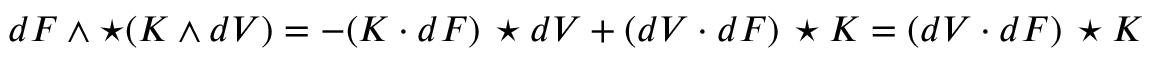
d F \wedge \star ( K \wedge d V ) = - ( K \cdot d F ) \, \star d V + ( d V \cdot d F ) \, \star K = ( d V \cdot d F ) \, \star K